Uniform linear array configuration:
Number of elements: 64
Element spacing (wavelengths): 1
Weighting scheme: hamming
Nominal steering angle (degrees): -30
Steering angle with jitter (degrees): -29.609
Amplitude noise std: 0.05
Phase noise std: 0.05

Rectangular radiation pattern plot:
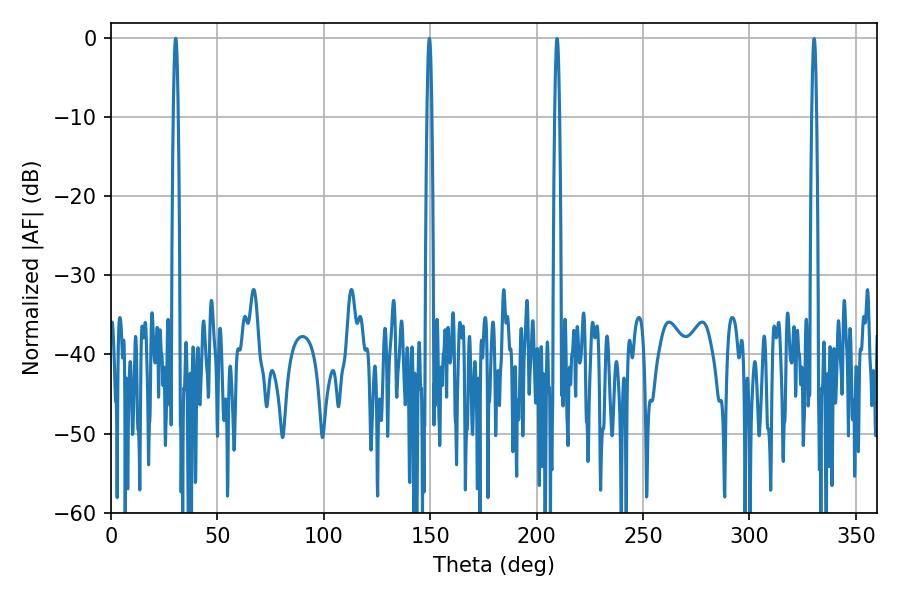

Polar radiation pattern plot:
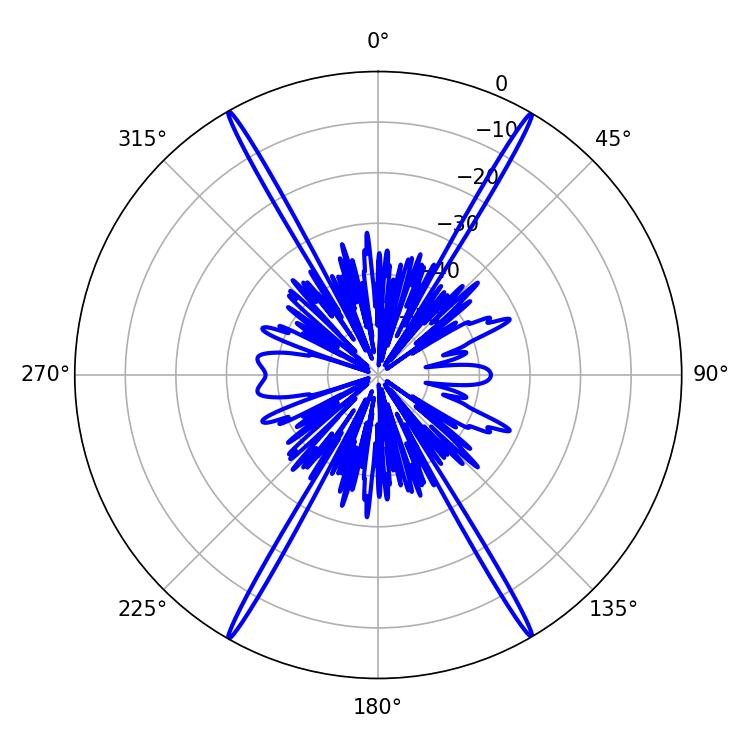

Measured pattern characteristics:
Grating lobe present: TRUE
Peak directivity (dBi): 34.008
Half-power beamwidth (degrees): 1.08
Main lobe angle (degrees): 30.42